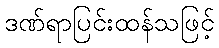
ဒဏ်ရာပြင်းထန်သဖြင့်